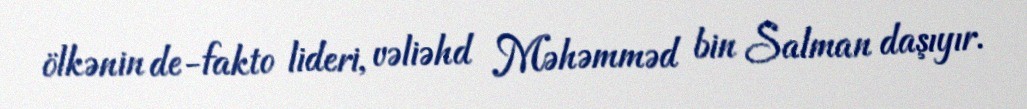
ölkənin de-fakto lideri, vəliəhd Məhəmməd bin Salman daşıyır.